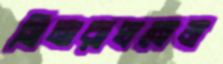
সিনারাথনেজ